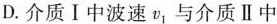
D.介质Ⅰ中波速v_{1}与介质Ⅱ中